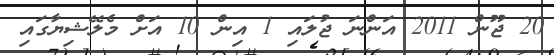
20 ޖޫން 2011 އަންނަ ޖުލައި 1 އިން 10 އަށް މެލޭޝިޔާާގައި